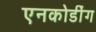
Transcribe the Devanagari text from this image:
एनकोडींग